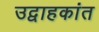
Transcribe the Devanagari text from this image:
उद्वाहकांत